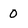
Character: 0